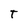
Character: t